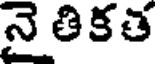
నైతికత